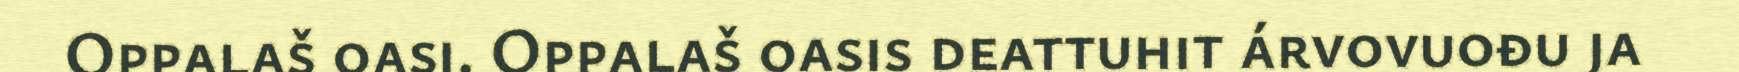
Oppalaš oasi. Oppalaš oasis deattuhit árvovuođu ja